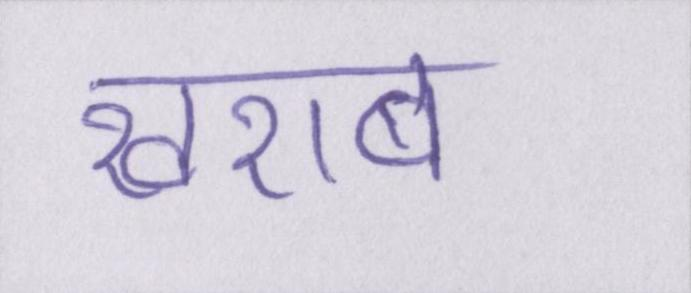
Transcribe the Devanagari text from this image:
खराब